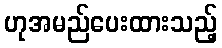
ဟုအမည်ပေးထားသည့်